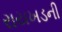
રાયખડની